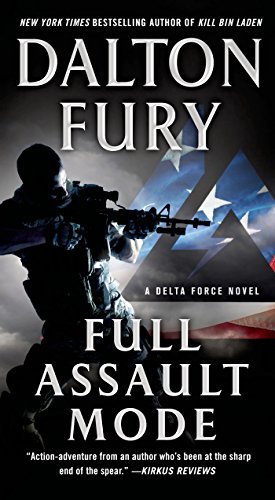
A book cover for Full Assault Mode: A Delta Force Novel; Dalton Fury; Mystery, Thriller & Suspense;